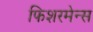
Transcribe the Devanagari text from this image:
फिशरमेन्स